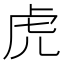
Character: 虎